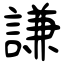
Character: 謙